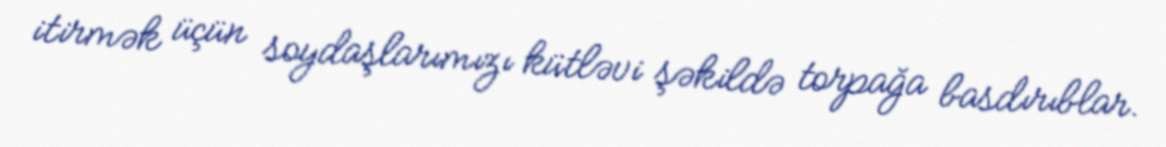
itirmək üçün soydaşlarımızı kütləvi şəkildə torpağa basdırıblar.